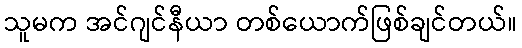
သူမက အင်ဂျင်နီယာ တစ်ယောက်ဖြစ်ချင်တယ်။